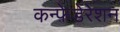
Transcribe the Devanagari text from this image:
कन्फ़ेडेरेशन